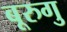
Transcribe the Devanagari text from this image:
बूरुगु